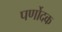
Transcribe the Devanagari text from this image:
पर्णोदक